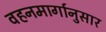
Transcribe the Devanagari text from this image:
वहनमार्गानुसार